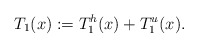
\begin{align*}T_1(x) := T_1^h(x)+T_1^u(x). \end{align*}